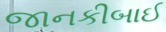
જાનકીબાઈ